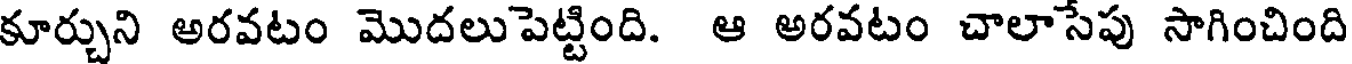
కూర్చుని అరవటం మొదలుపెట్టింది. ఆ అరవటం చాలాసేపు సాగించింది